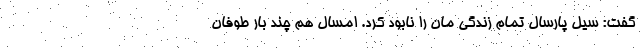
گفت: سیل پارسال تمام زندگی مان را نابود کرد. امسال هم چند بار طوفان